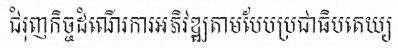
ជំរុញកិច្ចដំណើរការអភិវឌ្ឍតាមបែបប្រជាធិបតេយ្យ